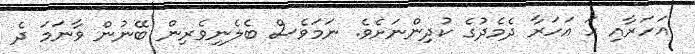
އަހަރާއި ހަ އަހަރާ ދެމެދުގެ ކުދިންނަށެވެ. ނަމަވެސް ބެލެނިވެރިން ބޭނުން ވާނަމަ ދެ